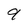
Character: 9